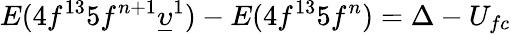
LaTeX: E(4f^{13}5f^{n+1}\underline{{\upsilon}}^{1})-E(4f^{13}5f^{n})=\Delta-U_{fc}